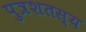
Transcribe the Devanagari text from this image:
पुत्रशतस्य